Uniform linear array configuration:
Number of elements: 8
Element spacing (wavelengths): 1
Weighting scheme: blackman
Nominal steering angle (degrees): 30
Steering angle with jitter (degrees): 31.478
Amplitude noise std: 0.05
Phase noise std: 0.05

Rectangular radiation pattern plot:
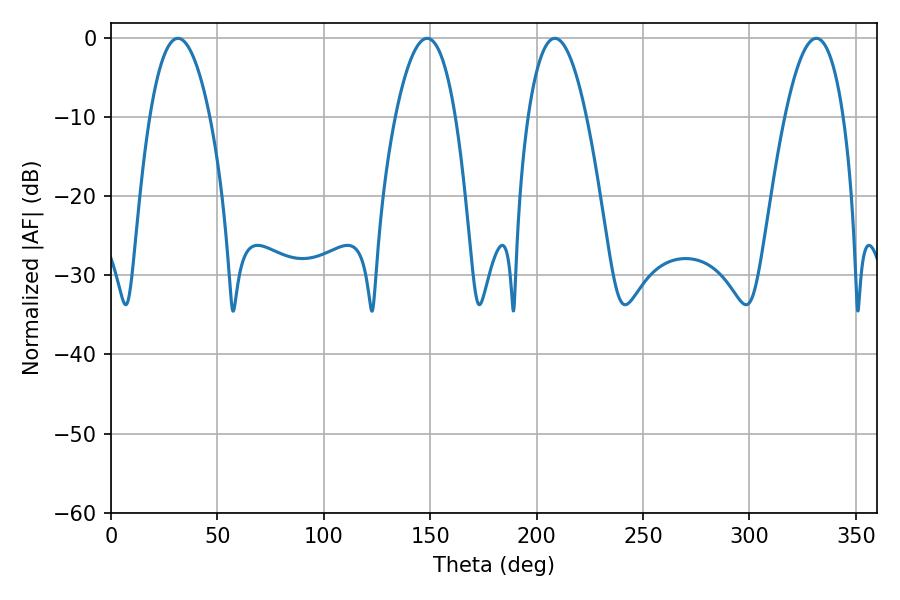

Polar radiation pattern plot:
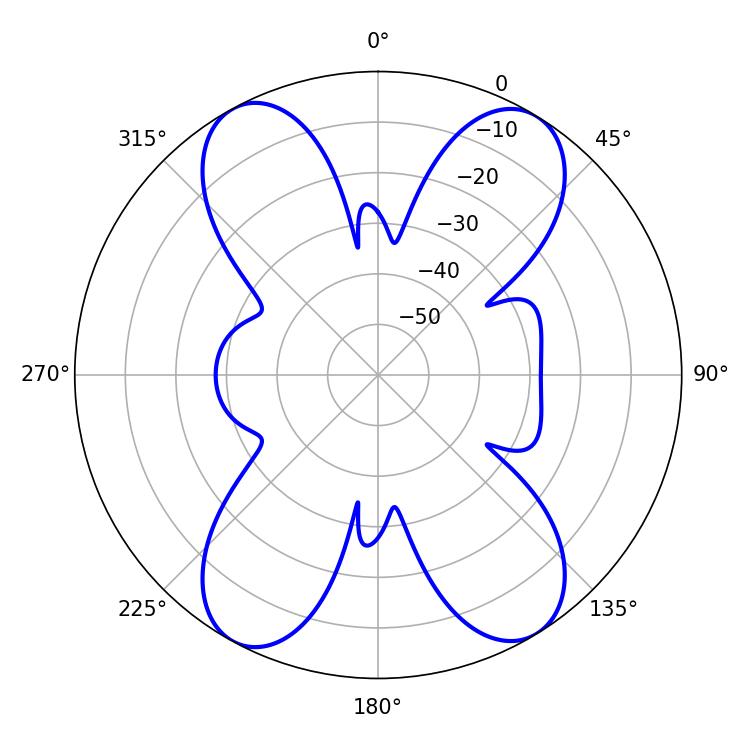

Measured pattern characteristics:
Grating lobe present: TRUE
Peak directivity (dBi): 17.995
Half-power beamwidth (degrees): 15.3
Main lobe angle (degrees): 208.62